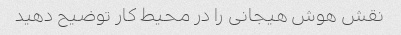
نقش هوش هیجانی را در محیط کار توضیح دهید